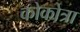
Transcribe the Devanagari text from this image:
कोकोत्रा